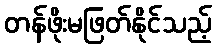
တန်ဖိုးမဖြတ်နိုင်သည့်